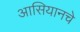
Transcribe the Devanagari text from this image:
आसियानचे